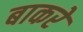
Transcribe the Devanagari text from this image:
बाकरे